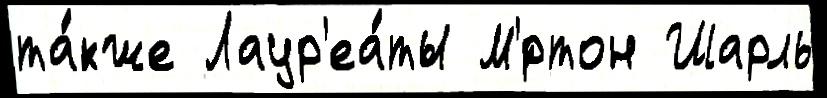
та́кже Лаур'еа́ты М'́ртон Шарль